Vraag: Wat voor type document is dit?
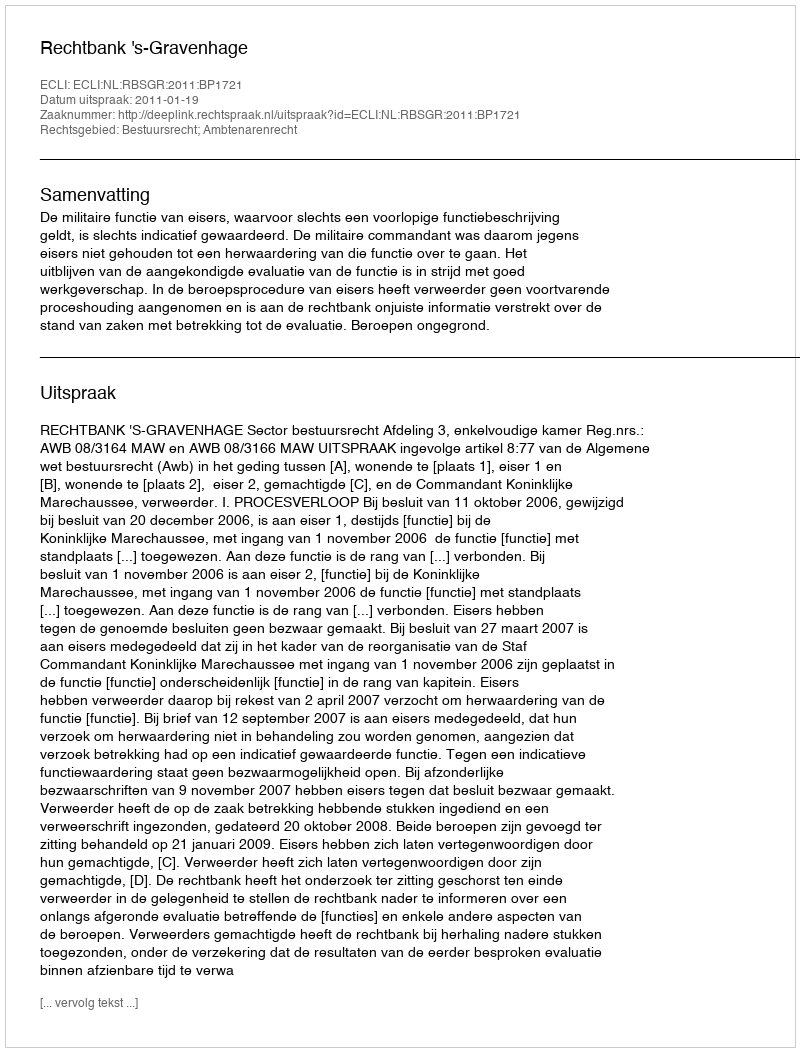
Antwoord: Uitspraak